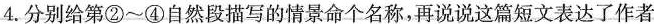
4.分别给第②~④自然段描写的情景命个名称，再说说这篇短文表达了作者